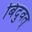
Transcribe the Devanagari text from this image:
बिंदुवत्